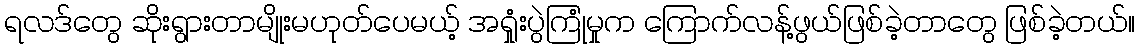
ရလဒ်တွေ ဆိုးရွားတာမျိုးမဟုတ်ပေမယ့် အရှုံးပွဲကြုံမှုက ကြောက်လန့်ဖွယ်ဖြစ်ခဲ့တာတွေ ဖြစ်ခဲ့တယ်။